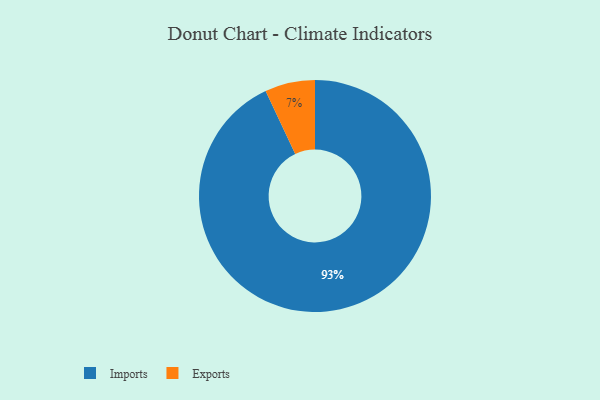
{"axis": {"x": "Category", "y": "Percentage"}, "legend": ["Exports", "Imports"], "data": [{"x": "Exports", "y": 7, "type": "Exports"}, {"x": "Imports", "y": 93, "type": "Imports"}]}